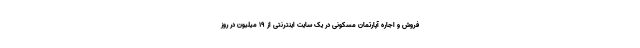
فروش و اجاره آپارتمان مسکونی در یک سایت اینترنتی از ۱۹ میلیون در روز